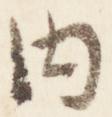
内